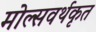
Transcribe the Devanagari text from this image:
मोल्सवर्थकृत